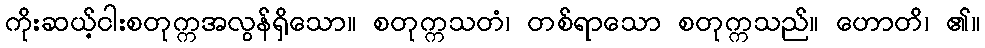
ကိုးဆယ့်ငါးစတုက္ကအလွန်ရှိသော။ စတုက္ကသတံ၊ တစ်ရာသော စတုက္ကသည်။ ဟောတိ၊ ၏။